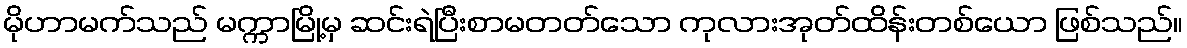
မိုဟာမက်သည် မက္ကာမြို့မှ ဆင်းရဲပြီးစာမတတ်သော ကုလားအုတ်ထိန်းတစ်ယော ဖြစ်သည်။